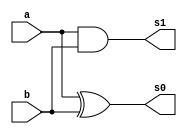
module halfAdder (
    output s0,
    output s1, 
    input a, 
    input b
);
    // descrever por portas
    assign s0 = a ^ b;
    assign s1 = a & b;
endmodule // halfAdder

module fullAdder (
    output s0,
    output s1,
    input a, 
    input b, 
    input carryIn
);
    // descrever por portas e/ou modulos
    halfAdder HA1 (s0_int, carryOut_int, a, b);
    halfAdder HA2 (s0, s1, s0_int, carryIn);
endmodule // fullAdder

module Guia_0801 (
    output [5:0] s,
    input [4:0] a,
    input [4:0] b
);
    reg [5:0] s_int;
    wire carry0;

    // Connect full adders
    fullAdder FA0 (s0_int, s1_int, a[0], b[0], 1'b0);
    fullAdder FA1 (s0_int, s1_int, a[1], b[1], carry0);
    fullAdder FA2 (s0_int, s1_int, a[2], b[2], carry0);
    fullAdder FA3 (s0_int, s1_int, a[3], b[3], carry0);
    fullAdder FA4 (s0_int, s1_int, a[4], b[4], carry0);
    fullAdder FA5 (s0_int, s1_int, 1'b0, 1'b0, carry0); // For the carry out

    assign s = {carry0, s_int};
endmodule

module test_Guia_0801;
    // ------------------------- definir dados
    reg [4:0] x;
    reg [4:0] y;
    wire [5:0] soma;

    Guia_0801 uut (
        .s(soma),
        .a(x),
        .b(y)
    );

    // ------------------------- parte principal
    initial begin

        // Inicializar operandos
        x = 5'b10101;
        y = 5'b01010;

        // Aguardar um pouco para estabilizao
        #10;

        // Exibir resultados
        $display("Operandos: x=%b, y=%b", x, y);
        $display("Soma: s=%b", soma);
    end
endmodule // test_Guia_0801